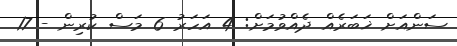
ސަންއަށް ޚަބަރެއް ދެއްވުމަށް: 4 އަހަރު 6 މަސް ކުރިން - 17